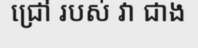
ជ្រៅ របស់ វា ជាង